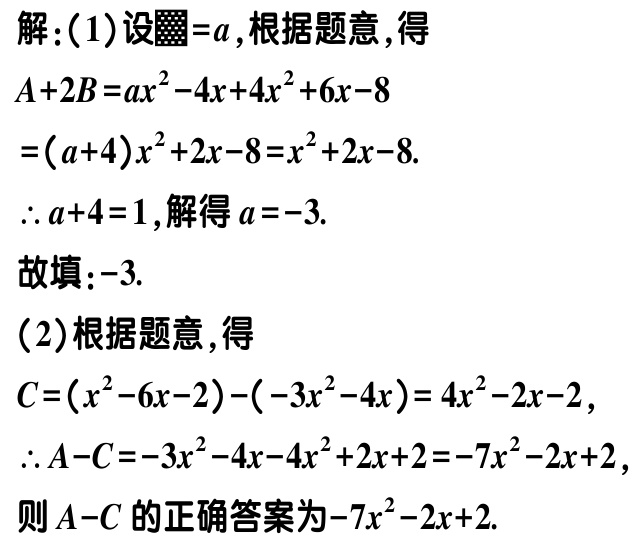
解：(1)设■=$a$,根据题意,得

\[

\begin{align*}

A + 2B&=ax^{2}-4x + 4x^{2}+6x - 8\\

&=(a + 4)x^{2}+2x - 8=x^{2}+2x - 8.

\end{align*}

\]

\(\therefore a + 4 = 1\),解得\(a=-3\).

故填：\(-3\).

(2)根据题意,得

\(C=(x^{2}-6x - 2)-(-3x^{2}-4x)=4x^{2}-2x - 2\),

\(\therefore A - C=-3x^{2}-4x-4x^{2}+2x + 2=-7x^{2}-2x + 2\),

则\(A - C\)的正确答案为\(-7x^{2}-2x + 2\).